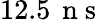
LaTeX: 12.5\, \mathrm{~n~s~}